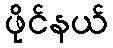
ဖိုင်နယ်